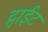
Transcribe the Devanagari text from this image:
ट्वाईट